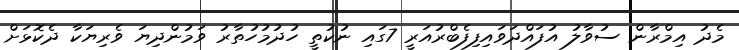
މެދު އިމްރާން ސުވާލު އުފައްދަވައިފިފެބްރުއަރީ 7ގައި ނުކުތީ ހުދުމުހުތާރު ވަމުންދިޔަ ވެރިޔަކާ ދެކޮޅަށް